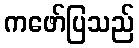
ကဖော်ပြသည်